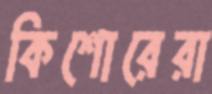
কিশোরেরা